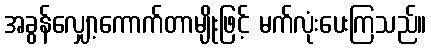
အခွန်လျှော့ကောက်တာမျိုးဖြင့် မက်လုံးပေးကြသည်။